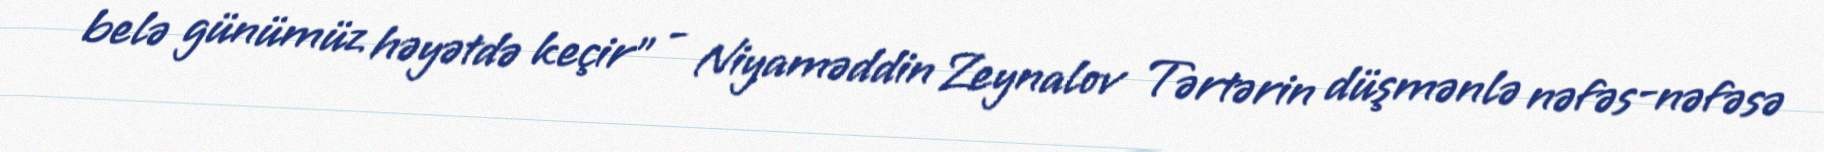
belə günümüz həyətdə keçir” - Niyaməddin Zeynalov Tərtərin düşmənlə nəfəs-nəfəsə